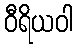
ဝီရိယဝါ